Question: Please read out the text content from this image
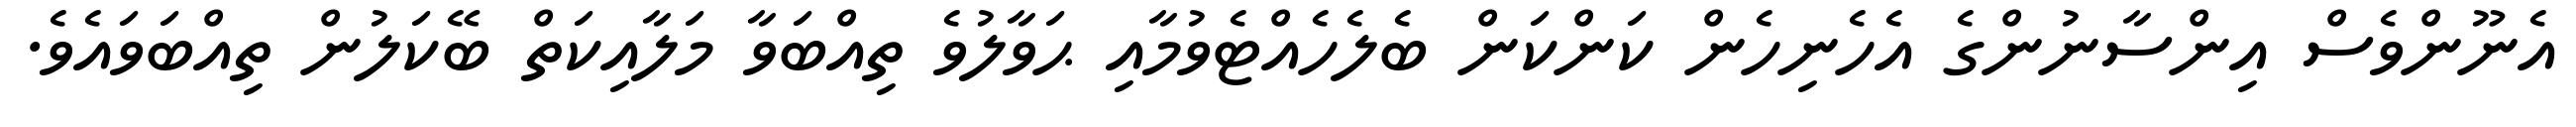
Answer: އެނޫންވެސް އިންސާނުންގެ އެހެނިހެން ކަންކަން ބެލެހެއްޓެވުމާއި ޙަވާލުވެ ތިއްބަވާ މަލާއިކަތް ބޭކަލުން ތިއްބަވައެވެ.